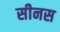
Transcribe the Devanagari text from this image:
सीनस